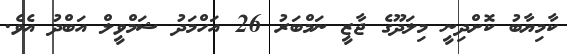
ކާމިޔާބު ކޮށްދިނީ މިލަދޫގެ ޖާޒީ ނަމްބަރު 26 އަހްމަދު ޝަމްވީލް އަބްދު އެވެ.